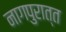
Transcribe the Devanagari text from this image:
नागपुरात्त